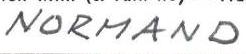
NORMAND